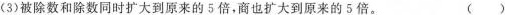
(3)被除数和除数同时扩大到原来的5倍，商也扩大到原来的5倍。 ( )